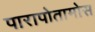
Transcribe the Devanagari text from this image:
पारापोतामोस